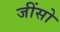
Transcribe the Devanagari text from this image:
जींसो